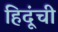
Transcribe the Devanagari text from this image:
हिदूंची